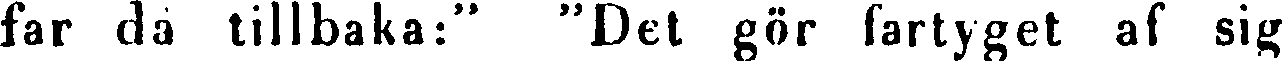
far då tillbaka:" "Det gör fartyget af sig